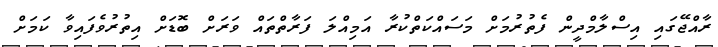
ރާއްޖޭގައި އިސްލާމްދީން ފެތުރުމަށް މަސައްކަތްކުރާ އަމިއްލަ ފަރާތްތައް ވަރަށް ބޮޑަށް އިތުރުވެފައިވާ ކަމަށް